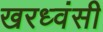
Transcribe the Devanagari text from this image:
खरध्वंसी